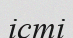
істі